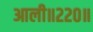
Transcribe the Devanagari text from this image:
आली॥२२०॥